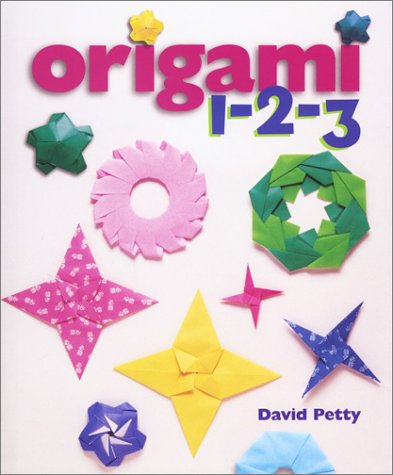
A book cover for Origami 1-2-3; David Petty; Teen & Young Adult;